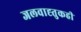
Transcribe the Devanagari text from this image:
जलवाह्तुकही